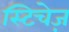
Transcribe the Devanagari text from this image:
स्टिचेज़